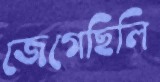
জেগেছিলি